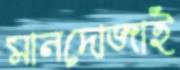
মানদোজাই